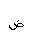
Letter: _dad